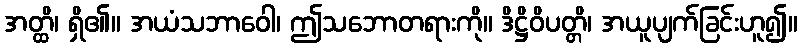
အတ္ထိ၊ ရှိ၏။ အယံသဘာဝေါ၊ ဤသဘောတရားကို။ ဒိဋ္ဌိဝိပတ္တိ၊ အယူပျက်ခြင်းဟူ၍။